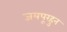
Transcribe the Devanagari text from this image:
जयपूरहुन